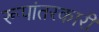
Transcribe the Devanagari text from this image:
रूपांतरकारी